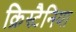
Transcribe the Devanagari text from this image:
क्रिस्टैनिया